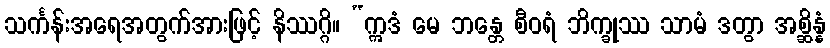
သင်္ကန်းအရေအတွက်အားဖြင့် နိဿဂ္ဂိ။ “ဣဒံ မေ ဘန္တေ စီဝရံ ဘိက္ခုဿ သာမံ ဒတွာ အစ္ဆိန္နံ